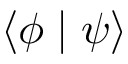
\langle \phi \mid \psi \rangle